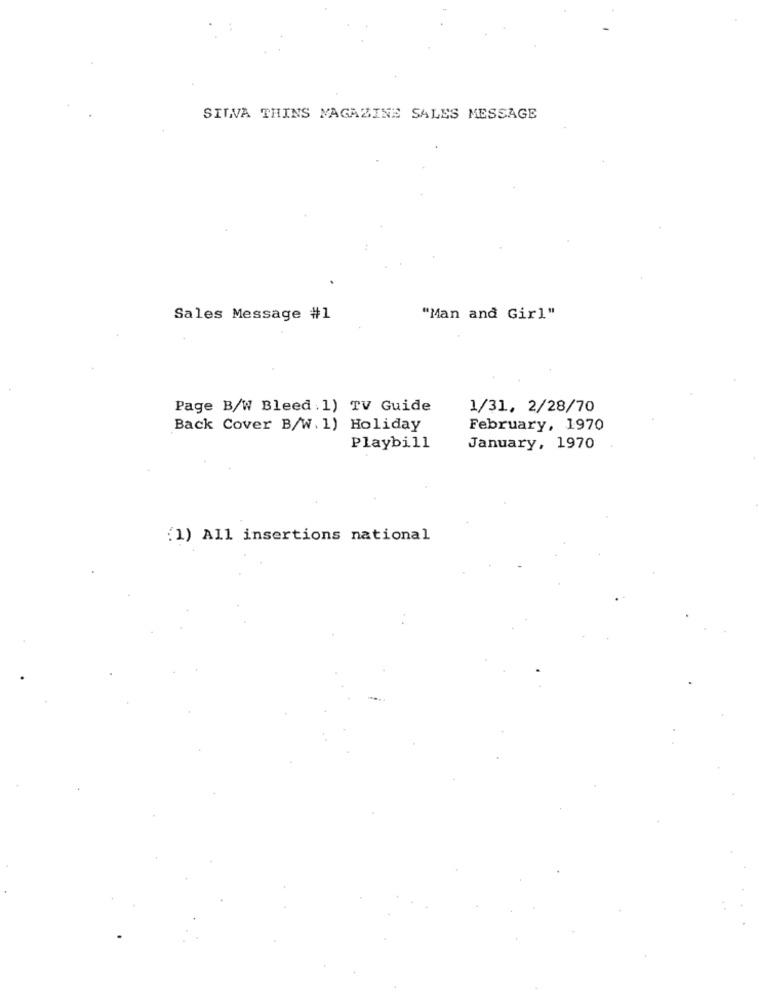
SILVA THINS MAGAZINE SALES MESSAGE
Sales Message #1
"Man and Girl"
Page B/W Bleed : 1) TV Guide
1/31. 2/28/70
Back Cover B/W. 1) Holiday
February, 1970
Playbill
January, 1970
(1) All insertions national